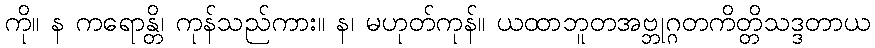
ကို။ န ကရောန္တိ၊ ကုန်သည်ကား။ န၊ မဟုတ်ကုန်။ ယထာဘူတအဗ္ဘုဂ္ဂတကိတ္တိသဒ္ဒတာယ